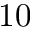
1 0